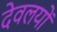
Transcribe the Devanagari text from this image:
देवलयों